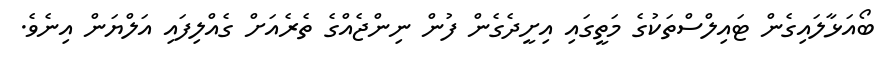
ބޯއަޅާލައިގެން ޓައިލްސްތަކުގެ މަތީގައި އިށީދެގެން ފުން ނިންޖެއްގެ ތެރެއަށް ގެއްލިފައި އަލްޔަން އިނެވެ.